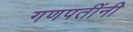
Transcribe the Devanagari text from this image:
गणपतींनी